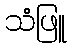
သံဖြူ